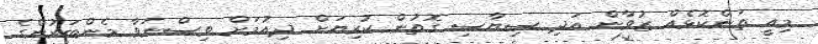
މިއީ ތަންކޮޅެއް ޒުވާން އަދި ސިޔާސި ގޮތުން ކުރިޔަށް ދިއުމަށް ވިސްނަވާ މެންބަރުންގެ